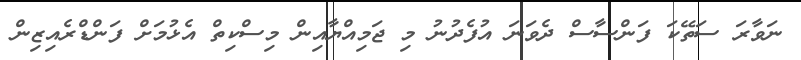
ނަވާރަ ސަތޭކަ ފަންސާސް ދެވަނަ އުފެދުނު މި ޖަމިއްޔާއިން މިސްކިތް އެޅުމަށް ފަންޑްރެއިޒިން